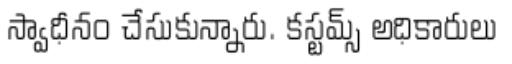
స్వాధీనం చేసుకున్నారు. కస్టమ్స్ అధికారులు